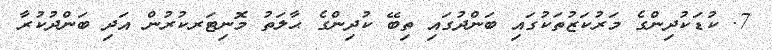
7. ކުޑަކުދިންގެ މަރުކަޒުތަކުގައި ބަންދުގައި ތިބޭ ކުދިންގެ ޙާލަތު މޮނިޓަރކުރުން އަދި ބަންދުކުރާ